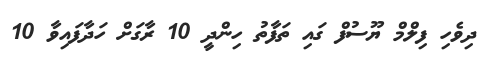
ދިވެހި ފިލްމް ޔޫސުފް ގައި ތަފާތު ހިންދީ 10 ރާގަށް ހަދާފައިވާ 10